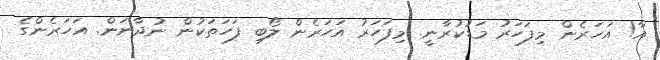
އާ! އަހަރެން މިފަހަރު މަޑުކުރާނީ. މިފަހަރު އަހަރެން ލޯބި ފަހަތަކުން ނުދާނަން. އަހަރެންގެ